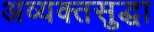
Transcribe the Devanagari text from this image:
अव्यक्तसुद्धा